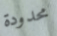
محدودة